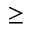
\geq